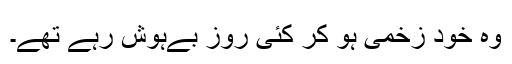
وہ خود زخمی ہو کر کئی روز بےہوش رہے تھے۔